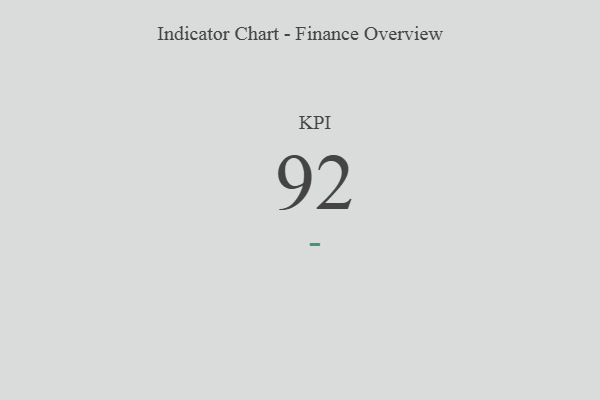
{"axis": {"x": "KPI", "y": "Value"}, "legend": [""], "data": [{"x": "KPI", "y": 92, "type": ""}]}